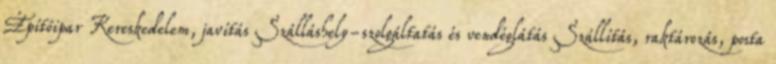
Építőipar Kereskedelem, javítás Szálláshely-szolgáltatás és vendéglátás Szállítás, raktározás, posta